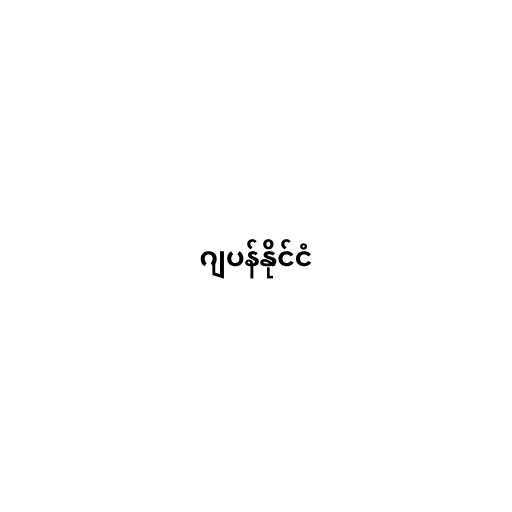
ဂျပန်နိုင်ငံ